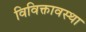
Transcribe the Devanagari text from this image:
विविक्तावस्था